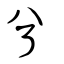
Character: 兮